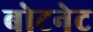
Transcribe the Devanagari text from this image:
बोटनेट